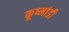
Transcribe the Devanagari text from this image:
कूष्मांडी